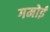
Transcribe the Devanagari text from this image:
गमोई